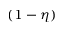
( 1 - \eta )